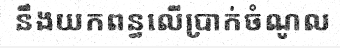
នឹងយកពន្ធលើប្រាក់ចំណូល